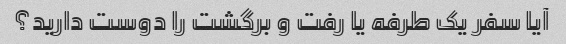
آیا سفر یک طرفه یا رفت و برگشت را دوست دارید؟